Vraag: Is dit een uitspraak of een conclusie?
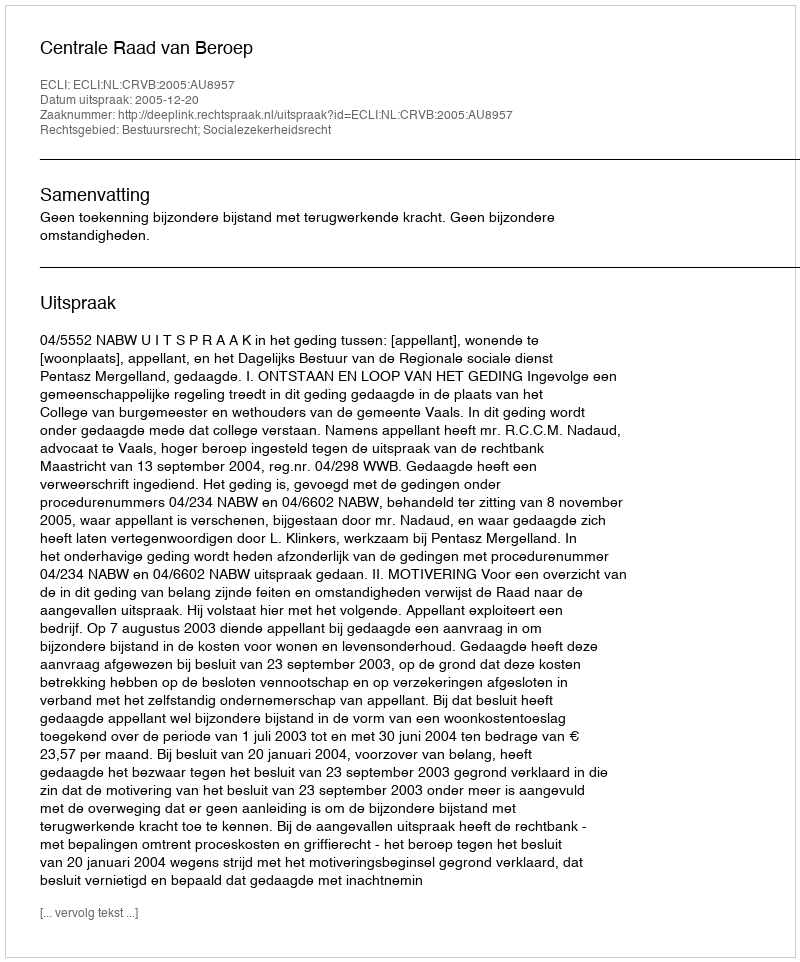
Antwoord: Uitspraak